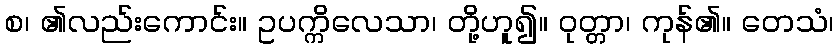
စ၊ ၏လည်းကောင်း။ ဥပက္ကိလေသာ၊ တို့ဟူ၍။ ဝုတ္တာ၊ ကုန်၏။ တေသံ၊